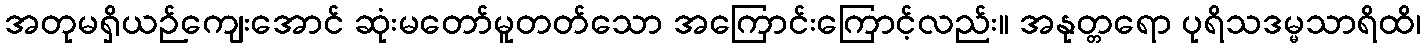
အတုမရှိယဉ်ကျေးအောင် ဆုံးမတော်မူတတ်သော အကြောင်းကြောင့်လည်း။ အနုတ္တရော ပုရိသဒမ္မသာရိထိ၊